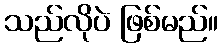
သည်လိုပဲ ဖြစ်မည်။